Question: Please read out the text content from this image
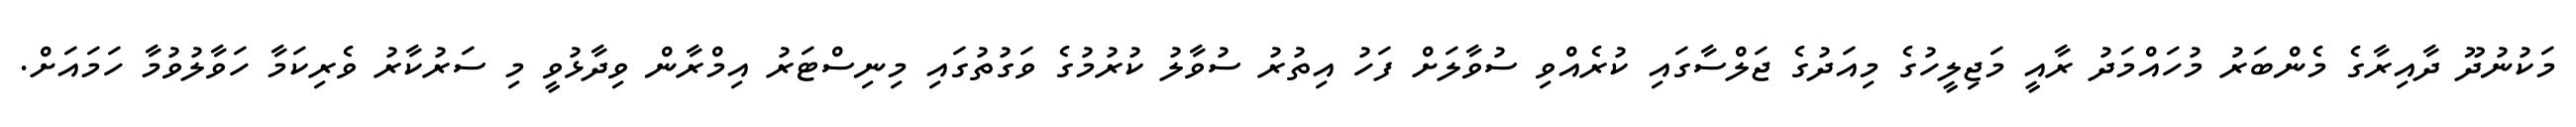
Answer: މަކުނުދޫ ދާއިރާގެ މެންބަރު މުހައްމަދު ރާއީ މަޖިލީހުގެ މިއަދުގެ ޖަލްސާގައި ކުރެއްވި ސުވާލަށް ފަހު އިތުރު ސުވާލު ކުރުމުގެ ވަގުތުގައި މިނިސްޓަރު އިމްރާން ވިދާޅުވީ މި ސަރުކާރު ވެރިކަމާ ހަވާލުވުމާ ހަމައަށް.